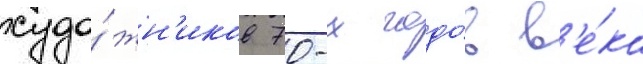
худо́жн'иков 70-х годо́в в'е́ка